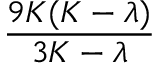
\frac { 9 K ( K - \lambda ) } { 3 K - \lambda }